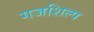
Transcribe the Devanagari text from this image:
गजशिल्प